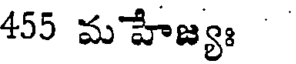
455 మహేజ్యః